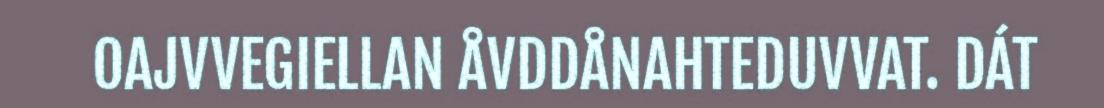
OAJVVEGIELLAN ÅVDDÅNAHTEDUVVAT. DÁT